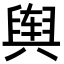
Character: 舆